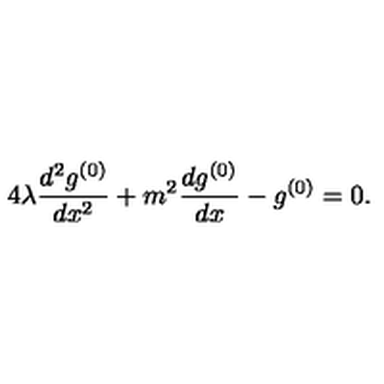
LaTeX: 4 \lambda \frac { d ^ { 2 } g ^ { ( 0 ) } } { d x ^ { 2 } } + m ^ { 2 } \frac { d g ^ { ( 0 ) } } { d x } - g ^ { ( 0 ) } = 0 .